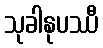
သုခါနုပဿီ